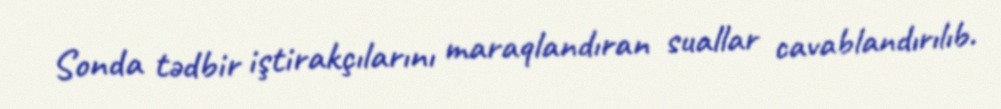
Sonda tədbir iştirakçılarını maraqlandıran suallar cavablandırılıb.